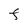
Character: F